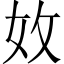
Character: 𡛇